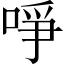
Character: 𠲜